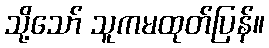
သို့သော် သူကမထုတ်ပြန်။